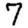
Digit: 7